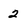
Character: 2